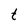
Character: t